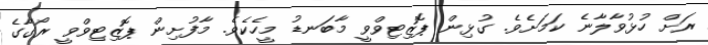
ރަށް ހުޅުވާލާނެ ކަމަށެވެ. ގުޅިން ޕޮޒިޓިވްވީ މާބަނޑު މީހެކެވެ. މާފުށިން ޕޮޒިޓިވްވީ ރޯގާގެ